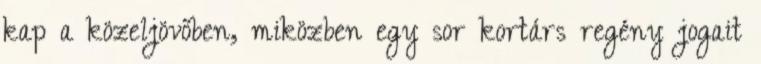
kap a közeljövőben, miközben egy sor kortárs regény jogait